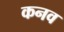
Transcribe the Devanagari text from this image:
कनव